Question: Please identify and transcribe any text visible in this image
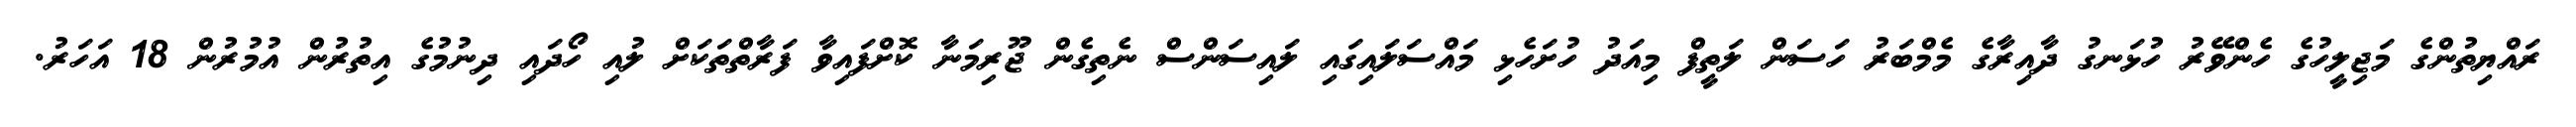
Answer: ރައްޔިތުންގެ މަޖިލީހުގެ ހެންވޭރު ހުޅަނގު ދާއިރާގެ މެމްބަރު ހަސަން ލަތީފް މިއަދު ހުށަހެޅި މައްސަލައިގައި ލައިސަންސް ނެތިގެން ޖޫރިމަނާ ކޮށްފައިވާ ފަރާތްތަކަށް ލުއި ހޯދައި ދިނުމުގެ އިތުރުން އުމުރުން 18 އަހަރު.